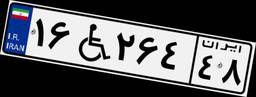
۷۹W۷۰۴۳۱